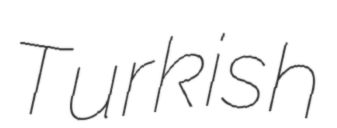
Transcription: Turkish